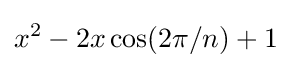
x^{2}-2x\cos(2\pi /n)+1